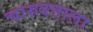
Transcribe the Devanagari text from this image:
चारुदत्ताला